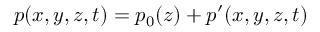
p ( x , y , z , t ) = p _ { 0 } ( z ) + p ^ { \prime } ( x , y , z , t )